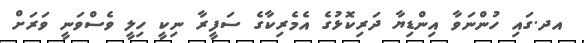
އދ.ގައި ހުންނަވާ އިންޑިޔާ ދަރިކޮޅުގެ އެމެރިކާގެ ސަފީރާ ނިކީ ހިލީ ވެސްވަނީ ވަރަށް